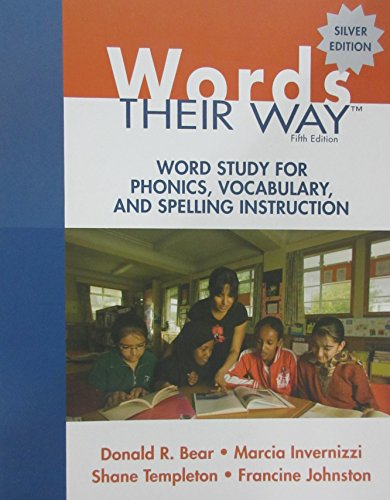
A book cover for Words Their Way: Word Study for Phonics, Vocabulary, and Spelling Instruction (5th Edition) (Words Their Way Series); Donald R. Bear; Education & Teaching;